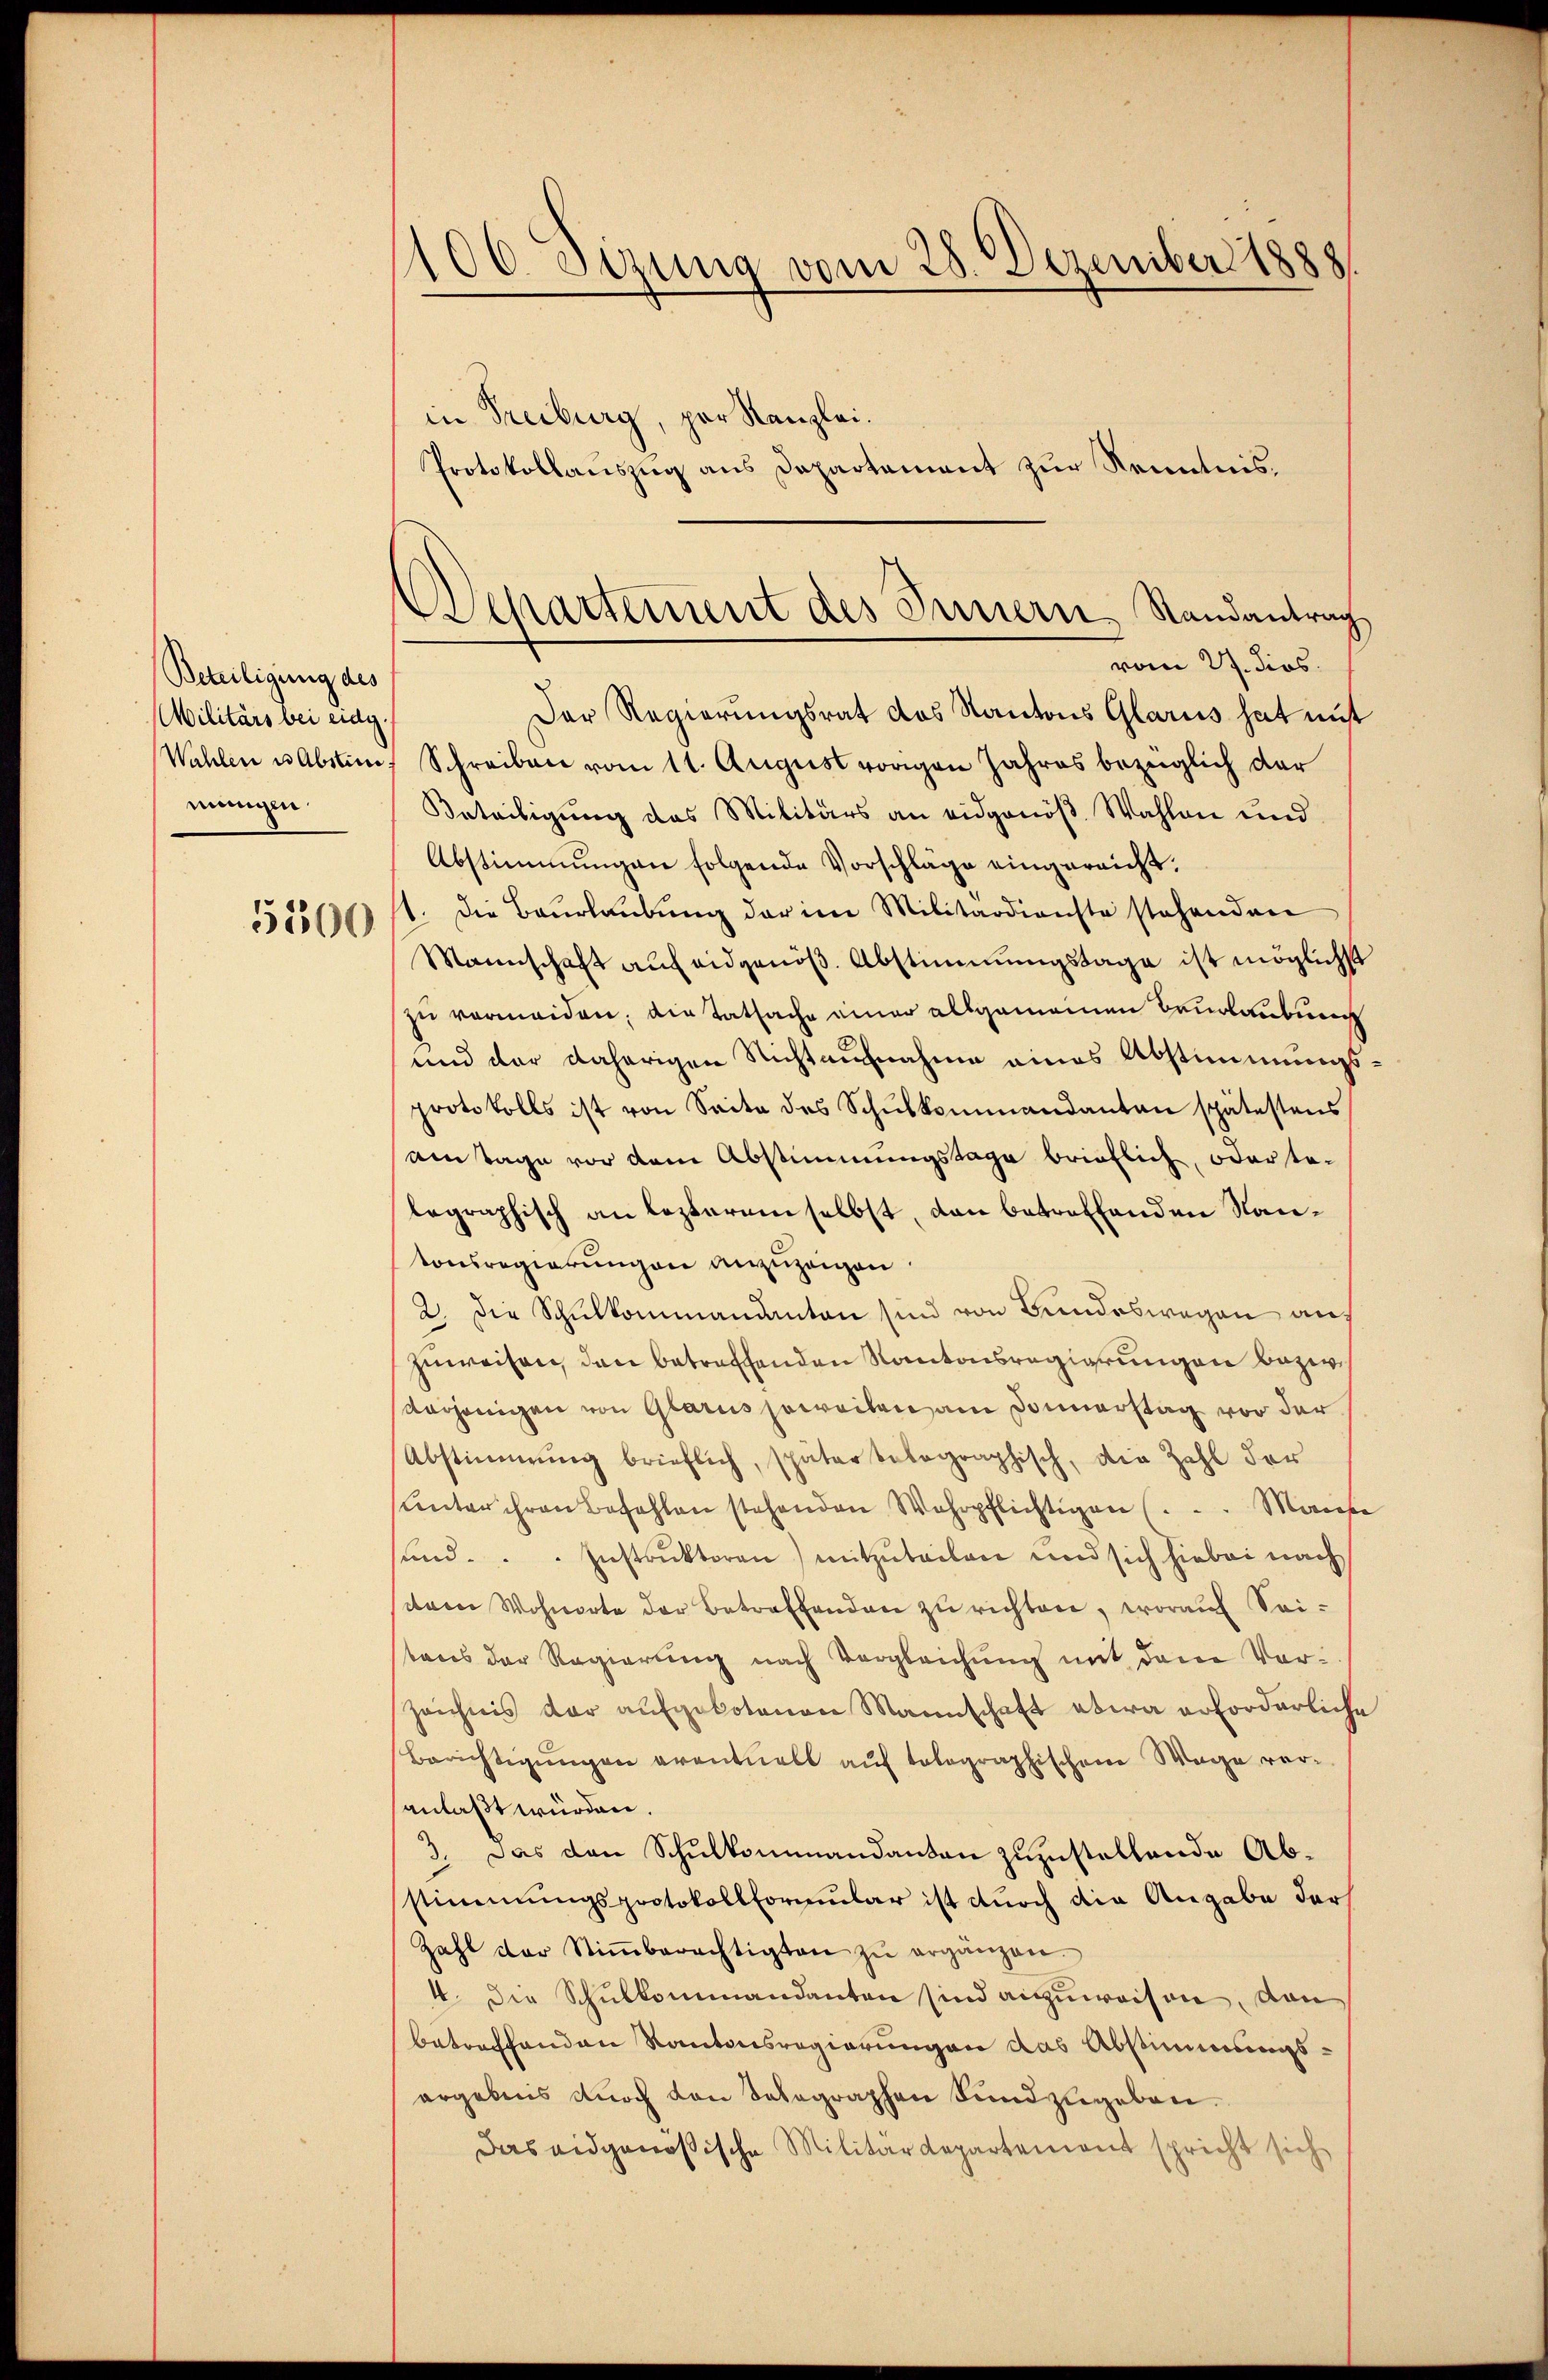
Beteiligung des
Militärs bei eidg.
Wahlen u Abstin
mengen.
5500

100. Sizung vom 28. Dezember 1888
in Freiburg, per Kanzlei.
Protokollauszug aus Departement zur Kenntnis.

Der Regierungsrat das Kantons Glarus hat mit
Schreiben vom 11. August vorigen Jahres bezüglich dar
Beteiligung des Militärs an eidgenöβ Wahlen und
Abstimmungen folgende Vorschläge eingereicht.
1. Die Baurlaubung der im Militärdienste stehenden
Mannschaft auf eidgenöβ. Abstimmungstage ist möglichst
zŭ vermeiden; die Tatsache einer allgemeinen Beurlaubung
und der daherigen Nichtaufnahme eines Abstimmungsprotokolls ist von Seite des Schŭlkommandanten spätestens
am Tage vor dem Abstimmungstage brieflich, oder te-
legraphisch an lezterem selbst, dan betreffenden Nantonsregierungen anzuzeigen.
2. die Schulkommandanten sind von Bundeswegen anzuweisen, den betreffenden Kantonsregierungen bezw.
dasjenigen von Glarus soweiten am Sonnerstag vor der
Abstimmung brieflich, später belographisch, die Zahl der
ŭnter ihren bezahlen stehenden Wehrpflichtigen ( .. Mange
sund. ..  Instruktoren) mitzuteilen und sich hiebei nach
tem Wohnorte der Betreffenden zŭ richten, worauf Seistens der Regierŭng nach Vergleichŭng mit dem Ver¬
Zeichnis dar aufgebotenen Mannschaft etwa erforderliche
Berichtigungen eventuell auf tolographischen Wage voranlaßt würden.
3. Das den Schulkommandanten zuzustellende Abstimmungsprotokollformular ist durch die Angabe der
Zahl der Stiṁberechtigten zŭ erganzen.
4. Die Schulkommandanten sind anzuweisen, von
betreffenden Kantonsregierungen das Abstimmungsergebnis durch von Telegraphen Sundzugeben.
Das eidgenössische Militärdepartement spricht sich

Wepartement des Innern, Randantrag
vom 27. dies